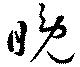
晩